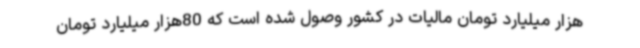
هزار میلیارد تومان مالیات در کشور وصول شده است که 80هزار میلیارد تومان